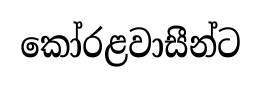
කෝරළවාසීන්ට